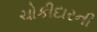
ચોકીદારની